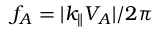
f _ { A } = | k _ { \parallel } V _ { A } | / 2 \pi